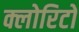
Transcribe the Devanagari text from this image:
क्लोरिटो